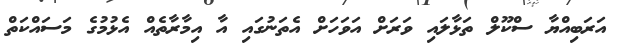
އަރަބިއްޔާ ސްކޫލް ތަޅާލައި ވަރަށް އަވަހަށް އެތަނުގައި އާ އިމާރާތެއް އެޅުމުގެ މަސައްކަތް